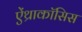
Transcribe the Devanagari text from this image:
ऐंथ्राकॉसिस